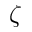
\zeta